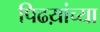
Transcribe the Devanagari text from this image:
पिढय़ांच्या